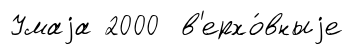
Умаjа 2000 в'ерхо́вныjе